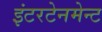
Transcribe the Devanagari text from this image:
इंटरटेनमेन्ट